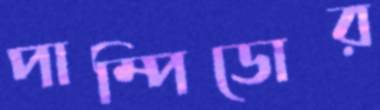
পাম্পিডোর